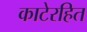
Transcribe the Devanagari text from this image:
काटेरहित